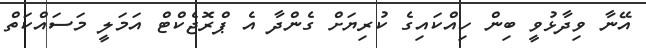
އޭނާ ވިދާޅުވީ ބިން ހިއްކައިގެ ކުރިޔަށް ގެންދާ އެ ޕްރޮޖެކްޓް އަމަލީ މަސައްކަތް